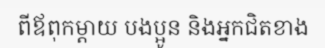
ពីឪពុកម្តាយ បងប្អូន និងអ្នកជិតខាង